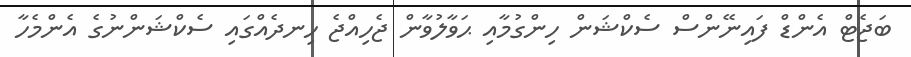
ބަޖެޓް އެންޑް ފައިނޭންސް ސެކްޝަން ހިންގުމާއި ޙަވާލުވާން ޖެހިއްޖެ ހިނދެއްގައި ސެކްޝަންނުގެ އެންމެހާ